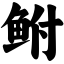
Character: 鲋